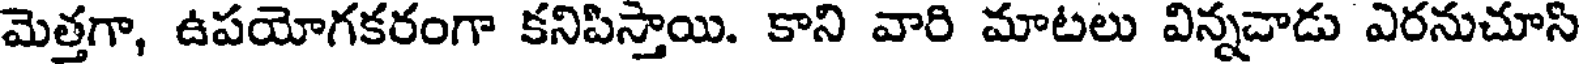
మెత్తగా, ఉపయోగకరంగా కనిపిస్తాయి. కాని వారి మాటలు విన్నచాడు ఎరనుచూసి